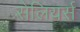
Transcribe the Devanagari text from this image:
सेलियर्स